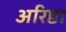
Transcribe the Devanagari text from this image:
अरिष्ठा